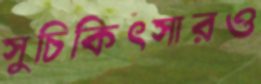
সুচিকিৎসারও